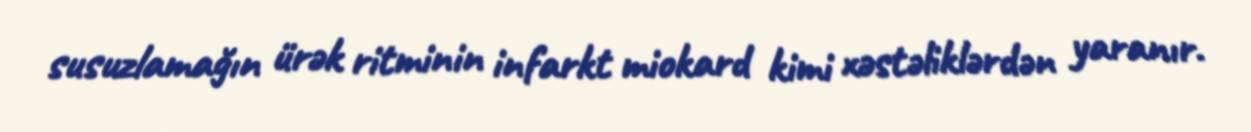
susuzlamağın ürək ritminin infarkt miokard kimi xəstəliklərdən yaranır.